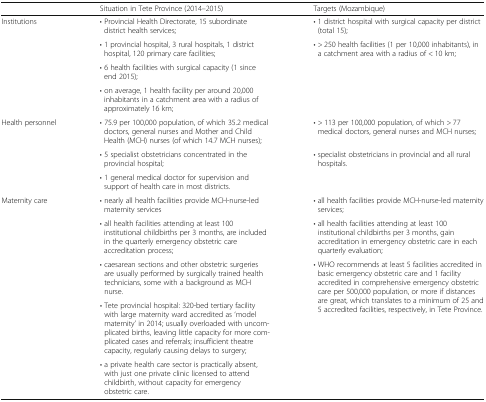
<table><thead><tr><td></td><td><b>Situation in Tete Province (2014–2015)</b></td><td><b>Targets (Mozambique)</b></td></tr></thead><tbody><tr><td rowspan="4">Institutions</td><td>• Provincial Health Directorate, 15 subordinate district health services;</td><td>• 1 district hospital with surgical capacity per district (total 15);</td></tr><tr><td>• 1 provincial hospital, 3 rural hospitals, 1 district hospital, 120 primary care facilities;</td><td rowspan="3">• &gt; 250 health facilities (1 per 10,000 inhabitants), in a catchment area with a radius of &lt; 10 km;</td></tr><tr><td>• 6 health facilities with surgical capacity (1 since end 2015);</td></tr><tr><td>• on average, 1 health facility per around 20,000 inhabitants in a catchment area with a radius of approximately 16 km;</td></tr><tr><td rowspan="3">Health personnel</td><td>• 75.9 per 100,000 population, of which 35.2 medical doctors, general nurses and Mother and Child Health (MCH) nurses (of which 14.7 MCH nurses);</td><td>• &gt; 113 per 100,000 population, of which &gt; 77 medical doctors, general nurses and MCH nurses;</td></tr><tr><td>• 5 specialist obstetricians concentrated in the provincial hospital;</td><td rowspan="2">• specialist obstetricians in provincial and all rural hospitals.</td></tr><tr><td>• 1 general medical doctor for supervision and support of health care in most districts.</td></tr><tr><td rowspan="5">Maternity care</td><td>• nearly all health facilities provide MCH-nurse-led maternity services</td><td>• all health facilities provide MCH-nurse-led maternity services;</td></tr><tr><td>• all health facilities attending at least 100 institutional childbirths per 3 months, are included in the quarterly emergency obstetric care accreditation process;</td><td>• all health facilities attending at least 100 institutional childbirths per 3 months, gain accreditation in emergency obstetric care in each quarterly evaluation;</td></tr><tr><td>• caesarean sections and other obstetric surgeries are usually performed by surgically trained health technicians, some with a background as MCH nurse.</td><td rowspan="3">• WHO recommends at least 5 facilities accredited in basic emergency obstetric care and 1 facility accredited in comprehensive emergency obstetric care per 500,000 population, or more if distances are great, which translates to a minimum of 25 and 5 accredited facilities, respectively, in Tete Province.</td></tr><tr><td>• Tete provincial hospital: 320-bed tertiary facility with large maternity ward accredited as ‘model maternity’ in 2014; usually overloaded with uncomplicated births, leaving little capacity for more complicated cases and referrals; insufficient theatre capacity, regularly causing delays to surgery;</td></tr><tr><td>• a private health care sector is practically absent, with just one private clinic licensed to attend childbirth, without capacity for emergency obstetric care.</td></tr></tbody></table>